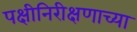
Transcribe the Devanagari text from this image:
पक्षीनिरीक्षणाच्या